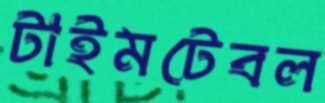
টাইমটেবল